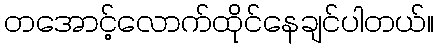
တအောင့်လောက်ထိုင်နေချင်ပါတယ်။